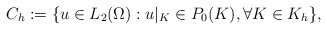
\begin{align*}C_{h}:=\{u\in L_{2}(\Omega ):u|_{K}\in P_{0}(K),\forall K\in K_h\}, \end{align*}